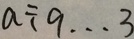
a \div 9 \cdots 3